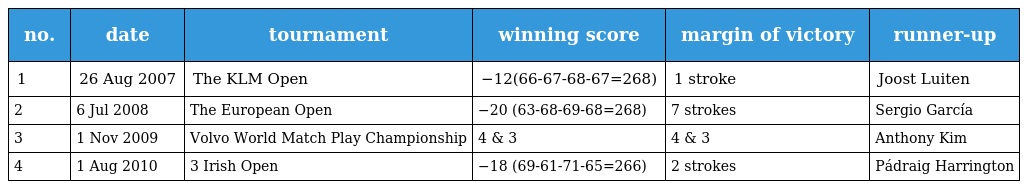
| no. | date | tournament | winning score | margin of victory | runner-up |
 | --- | --- | --- | --- | --- | --- |
 | 1 | 26 Aug 2007 | The KLM Open | −12(66-67-68-67=268) | 1 stroke | Joost Luiten |
 | 2 | 6 Jul 2008 | The European Open | −20 (63-68-69-68=268) | 7 strokes | Sergio García |
 | 3 | 1 Nov 2009 | Volvo World Match Play Championship | 4 & 3 | 4 & 3 | Anthony Kim |
 | 4 | 1 Aug 2010 | 3 Irish Open | −18 (69-61-71-65=266) | 2 strokes | Pádraig Harrington |